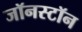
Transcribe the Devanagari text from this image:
जॉनस्टॉन